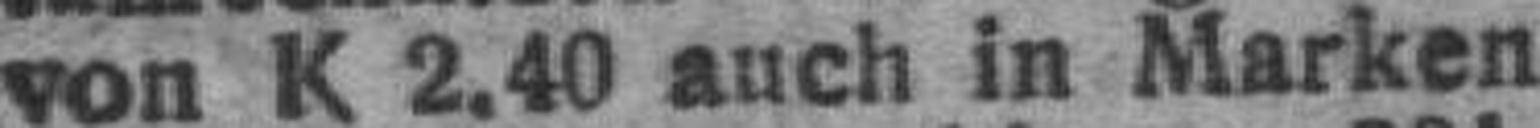
von K 2.40 auch in Marken